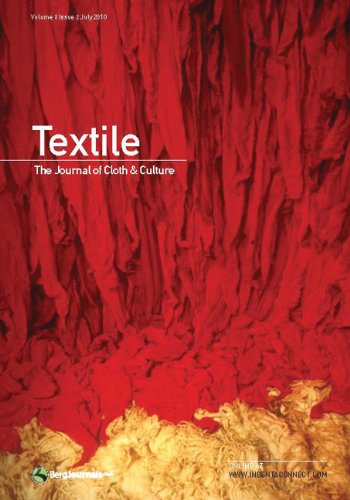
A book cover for Textile Volume 8 Issue 2: The Journal of Cloth & Culture; Crafts, Hobbies & Home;